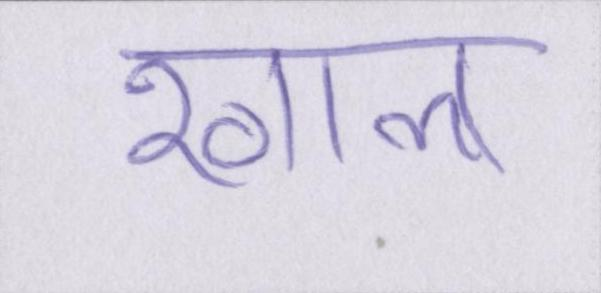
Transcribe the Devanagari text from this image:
खाल